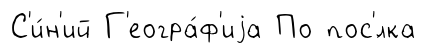
С'и́н'ий Г'еогра́ф'иjа По пос'́лка